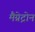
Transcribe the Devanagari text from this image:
मैग्नेट्रोन